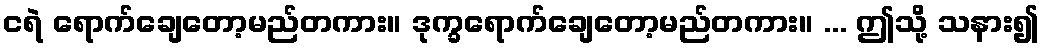
ငရဲ ရောက်ချေတော့မည်တကား။ ဒုက္ခရောက်ချေတော့မည်တကား။ ... ဤသို့ သနား၍